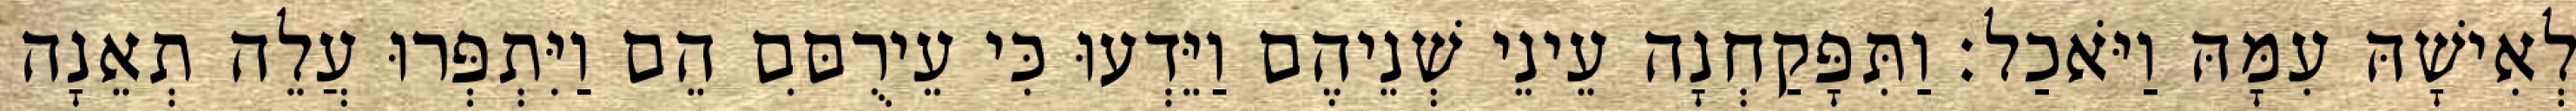
לְאִישָׁהּ עִמָּהּ וַיֹּאכַל׃ וַתִּפָּקַחְנָה עֵינֵי שְׁנֵיהֶם וַיֵּדְעוּ כִּי עֵירֻםִּם הֵם וַיִּתְפְּרוּ עֲלֵה תְאֵנָה